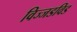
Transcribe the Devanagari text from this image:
विज्जडविड